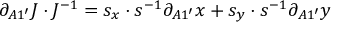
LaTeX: \partial _ { A 1 ^ { \prime } } J \cdot J ^ { - 1 } = s _ { x } \cdot s ^ { - 1 } \partial _ { A 1 ^ { \prime } } x + s _ { y } \cdot s ^ { - 1 } \partial _ { A 1 ^ { \prime } } y